Report on vaccination in the Province of Bengal - 1869-1873
Year: 1869
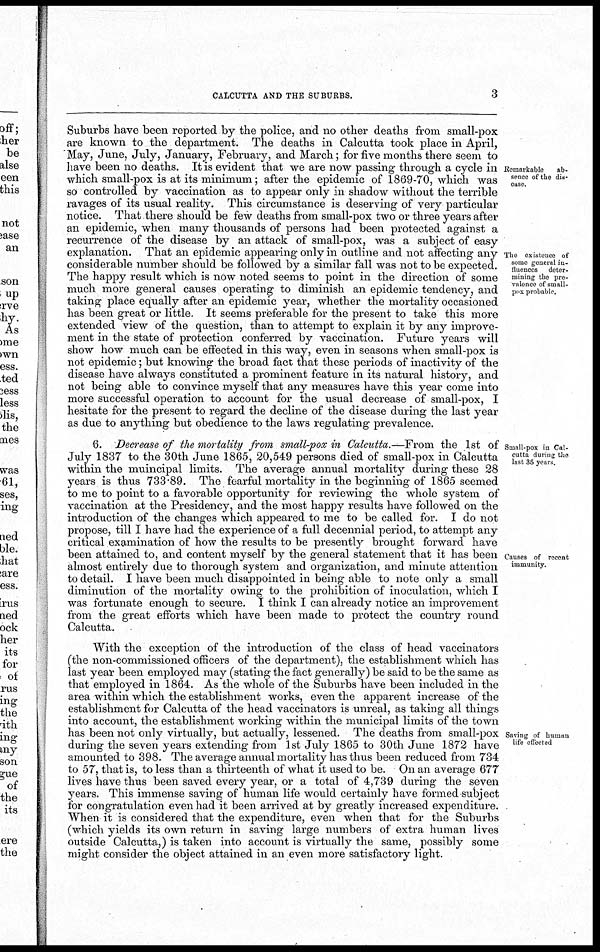
CALCUTTA AND THE SUBURBS.
3
Remarkable
ab-
sence of the dis-
-ase.
The existence of
some general in-
fluences deter-
mining the pre-
valence of small-
pox probable.
Suburbs have been reported by the police, and no other deaths from small-pox
are known to the department. The deaths in Calcutta took place in April,
May, June, July, January, February, and March; for five months there seem to
have been no deaths. It is evident that we are now passing through a cycle in
which small-pox is at its minimum; after the epidemic of 1869-70, which was
so controlled by vaccination as to appear only in shadow without the terrible
ravages of its usual reality. This circumstance is deserving of very particular
notice. That there should be few deaths from small-pox two or three years after
an epidemic, when many thousands of persons had been protected against a
recurrence of the disease by an attack of small-pox, was a subject of easy
explanation. That an epidemic appearing only in outline and not affecting any
considerable number should be followed by a similar fall was not to be expected.
The happy result which is now noted seems to point in the direction of some
much more general causes operating to diminish an epidemic tendency, and
taking place equally after an epidemic year, whether the mortality occasioned
has been great or little. It seems preferable for the present to take this more
extended view of the question, than to attempt to explain it by any improve-
ment in the state of protection conferred by vaccination. Future years will
show how much can be effected in this way, even in seasons when small-pox is
not epidemic; but knowing the broad fact that these periods of inactivity of the
disease have always constituted a prominent feature in its natural history, and
not being able to convince myself that any measures have this year come into
more successful operation to account for the usual decrease of small-pox, I
hesitate for the present to regard the decline of the disease during the last year
as due to anything but obedience to the laws regulating prevalence.
Small-pox in Cal-
cutta during the
last 35 years.
Causes of recent
immunity.
6. Decrease of the mortality from small-pox in Calcutta.—From the 1st of
July 1837 to the 30th June 1865, 20,549 persons died of small-pox in Calcutta
within the muincipal limits. The average annual mortality during these 28
years is thus 733.89. The fearful mortality in the beginning of 1865 seemed
to me to point to a favorable opportunity for reviewing the whole system of
vaccination at the Presidency, and the most happy results have followed on the
introduction of the changes which appeared to me to be called for. I do not
propose, till I have had the experience of a full decennial period, to attempt any
critical examination of how the results to be presently brought forward have
been attained to, and content myself by the general statement that it has been
almost entirely due to thorough system and organization, and minute attention
to detail. I have been much disappointed in being able to note only a small
diminution of the mortality owing to the prohibition of inoculation, which I
was fortunate enough to secure. I think I can already notice an improvement
from the great efforts which have been made to protect the country round
Calcutta.
Saving of human
life effected
With the exception of the introduction of the class of head vaccinators
(the non-commissioned officers of the department), the establishment which has
last year been employed may (stating the fact generally) be said to be the same as
that employed in 1864. As the whole of the Suburbs have been included in the
area within which the establishment works, even the apparent increase of the
establishment for Calcutta of the head vaccinators is unreal, as taking all things
into account, the establishment working within the municipal limits of the town
has been not only virtually, but actually, lessened. The deaths from small-pox
during the seven years extending from 1st July 1865 to 30th June 1872 have
amounted to 398. The average annual mortality has thus been reduced from 734
to 57, that is, to less than a thirteenth of what it used to be. On an average 677
lives have thus been saved every year, or a total of 4,739 during the seven
years. This immense saving of human life would certainly have formed subject
for congratulation even had it been arrived at by greatly increased expenditure.
When it is considered that the expenditure, even when that for the Suburbs
(which yields its own return in saving large numbers of extra human lives
outside Calcutta,) is taken into account is virtually the same, possibly some
might consider the object attained in an even more satisfactory light.